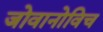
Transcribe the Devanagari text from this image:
जोवानोविच